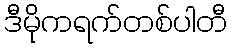
ဒီမိုကရက်တစ်ပါတီ